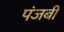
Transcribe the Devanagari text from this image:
पंजबी